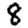
Digit: 8